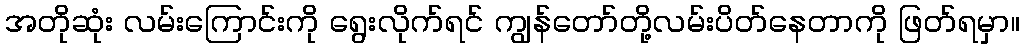
အတိုဆုံး လမ်းကြောင်းကို ရွေးလိုက်ရင် ကျွန်တော်တို့လမ်းပိတ်နေတာကို ဖြတ်ရမှာ။